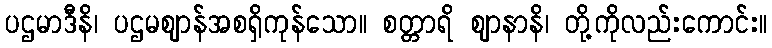
ပဌမာဒီနိ၊ ပဌမဈာန်အစရှိကုန်သော။ စတ္တာရိ ဈာနာနိ၊ တို့ကိုလည်းကောင်း။